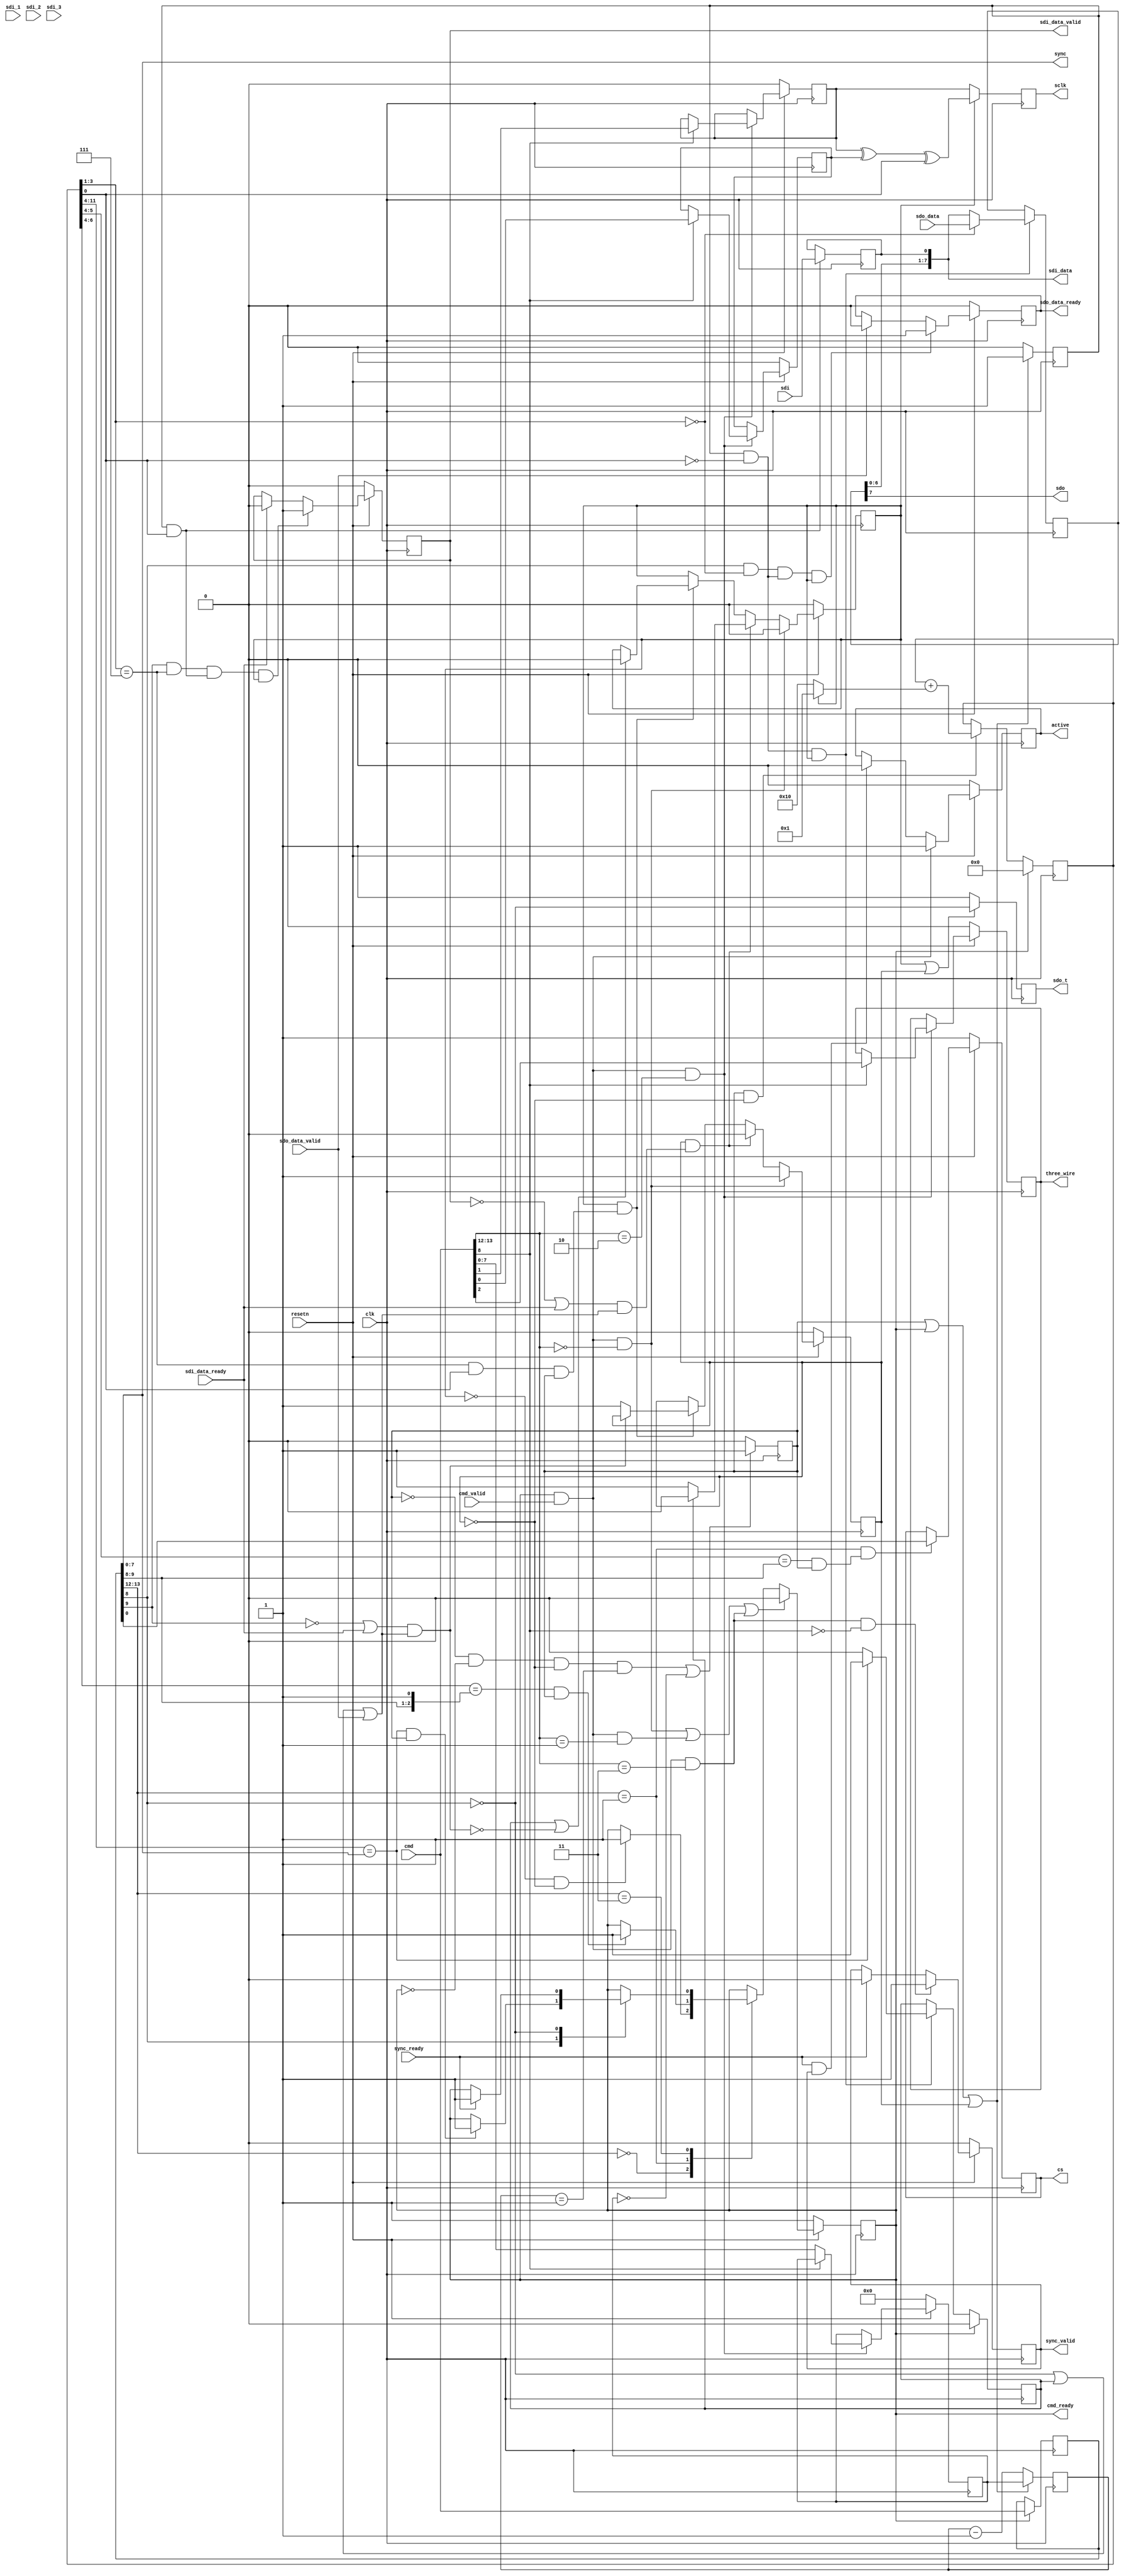
// ***************************************************************************
// ***************************************************************************
// Copyright 2014 - 2017 (c) Analog Devices, Inc. All rights reserved.
//
// In this HDL repository, there are many different and unique modules, consisting
// of various HDL (Verilog or VHDL) components. The individual modules are
// developed independently, and may be accompanied by separate and unique license
// terms.
//
// The user should read each of these license terms, and understand the
// freedoms and responsabilities that he or she has by using this source/core.
//
// This core is distributed in the hope that it will be useful, but WITHOUT ANY
// WARRANTY; without even the implied warranty of MERCHANTABILITY or FITNESS FOR
// A PARTICULAR PURPOSE.
//
// Redistribution and use of source or resulting binaries, with or without modification
// of this file, are permitted under one of the following two license terms:
//
//   1. The GNU General Public License version 2 as published by the
//      Free Software Foundation, which can be found in the top level directory
//      of this repository (LICENSE_GPL2), and also online at:
//      <https://www.gnu.org/licenses/old-licenses/gpl-2.0.html>
//
// OR
//
//   2. An ADI specific BSD license, which can be found in the top level directory
//      of this repository (LICENSE_ADIBSD), and also on-line at:
//      https://github.com/analogdevicesinc/hdl/blob/master/LICENSE_ADIBSD
//      This will allow to generate bit files and not release the source code,
//      as long as it attaches to an ADI device.
//
// ***************************************************************************
// ***************************************************************************

module spi_engine_execution #(

  parameter NUM_OF_CS = 1,
  parameter DEFAULT_SPI_CFG = 0,
  parameter DEFAULT_CLK_DIV = 0,
  parameter DATA_WIDTH = 8,                   // Valid data widths values are 8/16/24/32
  parameter NUM_OF_SDI = 1 ) (

  input clk,
  input resetn,

  output reg active,

  output cmd_ready,
  input cmd_valid,
  input [15:0] cmd,

  input sdo_data_valid,
  output reg sdo_data_ready,
  input [(DATA_WIDTH-1):0] sdo_data,


  input sdi_data_ready,
  output reg sdi_data_valid,
  output [(NUM_OF_SDI * DATA_WIDTH-1):0] sdi_data,

  input sync_ready,
  output reg sync_valid,
  output [7:0] sync,

  output reg sclk,
  output sdo,
  output reg sdo_t,
  input sdi,
  input sdi_1,
  input sdi_2,
  input sdi_3,
  output reg [NUM_OF_CS-1:0] cs,
  output reg three_wire
);

localparam CMD_TRANSFER = 2'b00;
localparam CMD_CHIPSELECT = 2'b01;
localparam CMD_WRITE = 2'b10;
localparam CMD_MISC = 2'b11;

localparam MISC_SYNC = 1'b0;
localparam MISC_SLEEP = 1'b1;

localparam REG_CLK_DIV = 1'b0;
localparam REG_CONFIG = 1'b1;

localparam BIT_COUNTER_WIDTH = DATA_WIDTH > 16 ? 5 :
                               DATA_WIDTH > 8  ? 4 : 3;

reg idle;

reg [7:0] clk_div_counter = 'h00;
reg [7:0] clk_div_counter_next = 'h00;
reg clk_div_last;

reg [(BIT_COUNTER_WIDTH+8):0] counter = 'h00;

wire [7:0] sleep_counter = counter[(BIT_COUNTER_WIDTH+8):(BIT_COUNTER_WIDTH+1)];
wire [1:0] cs_sleep_counter = counter[(BIT_COUNTER_WIDTH+2):(BIT_COUNTER_WIDTH+1)];
wire [2:0] cs_sleep_counter2 = counter[(BIT_COUNTER_WIDTH+3):(BIT_COUNTER_WIDTH+1)];
wire [(BIT_COUNTER_WIDTH-1):0] bit_counter = counter[BIT_COUNTER_WIDTH:1];
wire [7:0] transfer_counter = counter[(BIT_COUNTER_WIDTH+8):(BIT_COUNTER_WIDTH+1)];
wire ntx_rx = counter[0];

reg trigger = 1'b0;
reg trigger_next = 1'b0;
reg wait_for_io = 1'b0;
reg transfer_active = 1'b0;

wire last_bit;
wire first_bit;
reg last_transfer;
wire end_of_word;

assign first_bit = bit_counter == 'h0;
assign last_bit = bit_counter == DATA_WIDTH - 1;
assign end_of_word = last_bit == 1'b1 && ntx_rx == 1'b1 && clk_div_last == 1'b1;

reg [15:0] cmd_d1;

reg cpha = DEFAULT_SPI_CFG[0];
reg cpol = DEFAULT_SPI_CFG[1];
reg [7:0] clk_div = DEFAULT_CLK_DIV;

wire sdo_enabled = cmd_d1[8];
wire sdi_enabled = cmd_d1[9];

reg [(DATA_WIDTH):0] data_shift = 'h0;
reg [(DATA_WIDTH):0] data_shift_1 = 'h0;
reg [(DATA_WIDTH):0] data_shift_2 = 'h0;
reg [(DATA_WIDTH):0] data_shift_3 = 'h0;

wire [1:0] inst = cmd[13:12];
wire [1:0] inst_d1 = cmd_d1[13:12];

wire exec_cmd = cmd_ready && cmd_valid;
wire exec_transfer_cmd = exec_cmd && inst == CMD_TRANSFER;
wire exec_write_cmd = exec_cmd && inst == CMD_WRITE;
wire exec_chipselect_cmd = exec_cmd && inst == CMD_CHIPSELECT;
wire exec_misc_cmd = exec_cmd && inst == CMD_MISC;
wire exec_sync_cmd = exec_misc_cmd && cmd[8] == MISC_SYNC;

assign cmd_ready = idle;

always @(posedge clk) begin
        if (cmd_ready)
                cmd_d1 <= cmd;
end

always @(posedge clk) begin
        if (resetn == 1'b0) begin
                active <= 1'b0;
        end else begin
                if (exec_cmd == 1'b1)
                        active <= 1'b1;
                else if (sync_ready == 1'b1 && sync_valid == 1'b1)
                        active <= 1'b0;
        end
end

always @(posedge clk) begin
        if (resetn == 1'b0) begin
                cpha <= DEFAULT_SPI_CFG[0];
                cpol <= DEFAULT_SPI_CFG[1];
                three_wire <= DEFAULT_SPI_CFG[2];
                clk_div <= DEFAULT_CLK_DIV;
        end else if (exec_write_cmd == 1'b1) begin
                 if (cmd[8] == REG_CONFIG) begin
                        cpha <= cmd[0];
                        cpol <= cmd[1];
                        three_wire <= cmd[2];
                end else if (cmd[8] == REG_CLK_DIV) begin
                        clk_div <= cmd[7:0];
                end
        end
end

always @(posedge clk) begin
        if ((clk_div_last == 1'b0 && idle == 1'b0 && wait_for_io == 1'b0 &&
                clk_div_counter == 'h01) || clk_div == 'h00)
                clk_div_last <= 1'b1;
        else
                clk_div_last <= 1'b0;
end

always @(posedge clk) begin
        if (clk_div_last == 1'b1 || idle == 1'b1 || wait_for_io == 1'b1) begin
                clk_div_counter <= clk_div;
                trigger <= 1'b1;
        end else begin
                clk_div_counter <= clk_div_counter - 1'b1;
                trigger <= 1'b0;
        end
end

wire trigger_tx = trigger == 1'b1 && ntx_rx == 1'b0;
wire trigger_rx = trigger == 1'b1 && ntx_rx == 1'b1;

wire sleep_counter_compare = sleep_counter == cmd_d1[7:0] && clk_div_last == 1'b1;
wire cs_sleep_counter_compare = cs_sleep_counter == cmd_d1[9:8] && clk_div_last == 1'b1;
wire cs_sleep_counter_compare2 = cs_sleep_counter2 == {cmd_d1[9:8],1'b1} && clk_div_last == 1'b1;

always @(posedge clk) begin
        if (idle == 1'b1)
                counter <= 'h00;
        else if (clk_div_last == 1'b1 && wait_for_io == 1'b0)
                counter <= counter + (transfer_active ? 'h1 : 'h10);
end

always @(posedge clk) begin
        if (resetn == 1'b0) begin
                idle <= 1'b1;
        end else begin
                if (exec_transfer_cmd || exec_chipselect_cmd || exec_misc_cmd) begin
                        idle <= 1'b0;
                end else begin
                        case (inst_d1)
                        CMD_TRANSFER: begin
                                if (transfer_active == 1'b0 && wait_for_io == 1'b0)
                                        idle <= 1'b1;
                        end
                        CMD_CHIPSELECT: begin
                                if (cs_sleep_counter_compare2)
                                        idle <= 1'b1;
                        end
                        CMD_MISC: begin
                                case (cmd_d1[8])
                                MISC_SLEEP: begin
                                        if (sleep_counter_compare)
                                                idle <= 1'b1;
                                end
                                MISC_SYNC: begin
                                        if (sync_ready)
                                                idle <= 1'b1;
                                end
                                endcase
                        end
                        endcase
                end
        end
end

always @(posedge clk) begin
        if (resetn == 1'b0) begin
                cs <= 'hff;
        end else if (inst_d1 == CMD_CHIPSELECT && cs_sleep_counter_compare == 1'b1) begin
                cs <= cmd_d1[NUM_OF_CS-1:0];
        end
end

always @(posedge clk) begin
        if (resetn == 1'b0) begin
                sync_valid <= 1'b0;
        end else begin
                if (exec_sync_cmd == 1'b1) begin
                        sync_valid <= 1'b1;
                end else if (sync_ready == 1'b1) begin
                        sync_valid <= 1'b0;
                end
        end
end

assign sync = cmd_d1[7:0];

always @(posedge clk) begin
        if (resetn == 1'b0)
                sdo_data_ready <= 1'b0;
        else if (sdo_enabled == 1'b1 && first_bit == 1'b1 && trigger_tx == 1'b1 &&
                transfer_active == 1'b1)
                sdo_data_ready <= 1'b1;
        else if (sdo_data_valid == 1'b1)
                sdo_data_ready <= 1'b0;
end

always @(posedge clk) begin
        if (resetn == 1'b0)
                sdi_data_valid <= 1'b0;
        else if (sdi_enabled == 1'b1 && last_bit == 1'b1 && trigger_rx == 1'b1 &&
                transfer_active == 1'b1)
                sdi_data_valid <= 1'b1;
        else if (sdi_data_ready == 1'b1)
                sdi_data_valid <= 1'b0;
end

wire io_ready1 = (sdi_data_valid == 1'b0 || sdi_data_ready == 1'b1) &&
        (sdo_enabled == 1'b0 || last_transfer == 1'b1 || sdo_data_valid == 1'b1);
wire io_ready2 = (sdi_enabled == 1'b0 || sdi_data_ready == 1'b1) &&
        (sdo_enabled == 1'b0 || last_transfer == 1'b1 || sdo_data_valid == 1'b1);

always @(posedge clk) begin
        if (idle == 1'b1) begin
                last_transfer <= 1'b0;
        end else if (trigger_tx == 1'b1 && transfer_active == 1'b1) begin
                if (transfer_counter == cmd_d1[7:0])
                        last_transfer <= 1'b1;
                else
                        last_transfer <= 1'b0;
        end
end

always @(posedge clk) begin
        if (resetn == 1'b0) begin
                transfer_active <= 1'b0;
                wait_for_io <= 1'b0;
        end else begin
                if (exec_transfer_cmd == 1'b1) begin
                        wait_for_io <= 1'b1;
                        transfer_active <= 1'b0;
                end else if (wait_for_io == 1'b1 && io_ready1 == 1'b1) begin
                        wait_for_io <= 1'b0;
                        if (last_transfer == 1'b0)
                                transfer_active <= 1'b1;
                        else
                                transfer_active <= 1'b0;
                end else if (transfer_active == 1'b1 && end_of_word == 1'b1) begin
                        if (last_transfer == 1'b1 || io_ready2 == 1'b0)
                                transfer_active <= 1'b0;
                        if (io_ready2 == 1'b0)
                                wait_for_io <= 1'b1;
                end
        end
end

always @(posedge clk) begin
        if (transfer_active == 1'b1 || wait_for_io == 1'b1)
        begin
          sdo_t <= ~sdo_enabled;
        end else begin
          sdo_t <= 1'b1;
        end
end

always @(posedge clk) begin
        if (transfer_active == 1'b1 && trigger_tx == 1'b1) begin
                if (first_bit == 1'b1)
                  data_shift[DATA_WIDTH:1] <= sdo_data;
                else
                  data_shift[DATA_WIDTH:1] <= data_shift[(DATA_WIDTH-1):0];
                  data_shift_1[DATA_WIDTH:1] <= data_shift_1[(DATA_WIDTH-1):0];
                  data_shift_2[DATA_WIDTH:1] <= data_shift_2[(DATA_WIDTH-1):0];
                  data_shift_3[DATA_WIDTH:1] <= data_shift_3[(DATA_WIDTH-1):0];
        end
end

assign sdo = data_shift[DATA_WIDTH];
assign sdi_data = (NUM_OF_SDI == 1) ? data_shift[(DATA_WIDTH-1):0] :
                  (NUM_OF_SDI == 2) ? {data_shift_1[(DATA_WIDTH-1):0], data_shift[(DATA_WIDTH-1):0]} :
                  (NUM_OF_SDI == 3) ? {data_shift_2[(DATA_WIDTH-1):0], data_shift_1[(DATA_WIDTH-1):0], data_shift[(DATA_WIDTH-1):0]} :
                  (NUM_OF_SDI == 4) ? {data_shift_3[(DATA_WIDTH-1):0], data_shift_2[(DATA_WIDTH-1):0], data_shift_1[(DATA_WIDTH-1):0], data_shift[(DATA_WIDTH-1):0]} :
                  data_shift[7:0];

always @(posedge clk) begin
        if (trigger_rx == 1'b1) begin
          data_shift[0] <= sdi;
          data_shift_1[0] <= sdi_1;
          data_shift_2[0] <= sdi_2;
          data_shift_3[0] <= sdi_3;
        end
end

always @(posedge clk) begin
        if (transfer_active == 1'b1) begin
          sclk <= cpol ^ cpha ^ ntx_rx;
        end else begin
          sclk <= cpol;
        end
end

endmodule